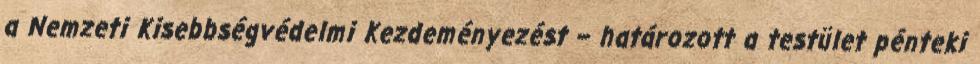
a Nemzeti Kisebbségvédelmi Kezdeményezést – határozott a testület pénteki